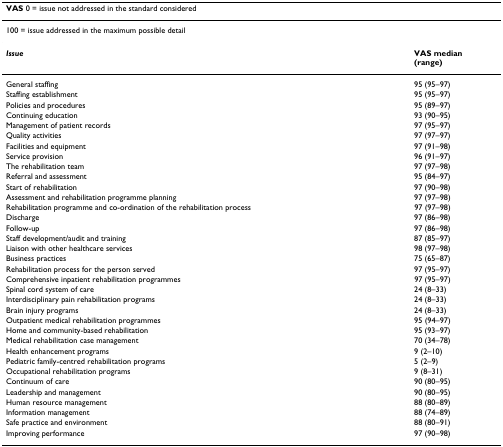
<table><thead><tr><td colspan="2"><b>VAS 0 = issue not addressed in the standard considered</b></td></tr></thead><tbody><tr><td colspan="2">100 = issue addressed in the maximum possible detail</td></tr><tr><td><b><i>Issue</i></b></td><td><b>VAS median</b><b>(range)</b></td></tr><tr><td>General staffing</td><td>95 (95–97)</td></tr><tr><td>Staffing establishment</td><td>95 (95–97)</td></tr><tr><td>Policies and procedures</td><td>95 (89–97)</td></tr><tr><td>Continuing education</td><td>93 (90–95)</td></tr><tr><td>Management of patient records</td><td>97 (95–97)</td></tr><tr><td>Quality activities</td><td>97 (97–97)</td></tr><tr><td>Facilities and equipment</td><td>97 (91–98)</td></tr><tr><td>Service provision</td><td>96 (91–97)</td></tr><tr><td>The rehabilitation team</td><td>97 (97–98)</td></tr><tr><td>Referral and assessment</td><td>95 (84–97)</td></tr><tr><td>Start of rehabilitation</td><td>97 (90–98)</td></tr><tr><td>Assessment and rehabilitation programme planning</td><td>97 (97–98)</td></tr><tr><td>Rehabilitation programme and co-ordination of the rehabilitation process</td><td>97 (97–98)</td></tr><tr><td>Discharge</td><td>97 (86–98)</td></tr><tr><td>Follow-up</td><td>97 (86–98)</td></tr><tr><td>Staff development/audit and training</td><td>87 (85–97)</td></tr><tr><td>Liaison with other healthcare services</td><td>98 (97–98)</td></tr><tr><td>Business practices</td><td>75 (65–87)</td></tr><tr><td>Rehabilitation process for the person served</td><td>97 (95–97)</td></tr><tr><td>Comprehensive inpatient rehabilitation programmes</td><td>97 (95–97)</td></tr><tr><td>Spinal cord system of care</td><td>24 (8–33)</td></tr><tr><td>Interdisciplinary pain rehabilitation programs</td><td>24 (8–33)</td></tr><tr><td>Brain injury programs</td><td>24 (8–33)</td></tr><tr><td>Outpatient medical rehabilitation programmes</td><td>95 (94–97)</td></tr><tr><td>Home and community-based rehabilitation</td><td>95 (93–97)</td></tr><tr><td>Medical rehabilitation case management</td><td>70 (34–78)</td></tr><tr><td>Health enhancement programs</td><td>9 (2–10)</td></tr><tr><td>Pediatric family-centred rehabilitation programs</td><td>5 (2–9)</td></tr><tr><td>Occupational rehabilitation programs</td><td>9 (8–31)</td></tr><tr><td>Continuum of care</td><td>90 (80–95)</td></tr><tr><td>Leadership and management</td><td>90 (80–95)</td></tr><tr><td>Human resource management</td><td>88 (80–89)</td></tr><tr><td>Information management</td><td>88 (74–89)</td></tr><tr><td>Safe practice and environment</td><td>88 (80–91)</td></tr><tr><td>Improving performance</td><td>97 (90–98)</td></tr></tbody></table>